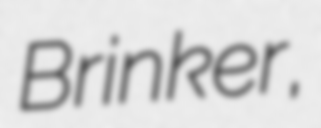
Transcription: Brinker,